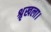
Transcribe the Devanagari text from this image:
श्रृखला।